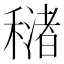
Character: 𥢳